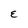
Character: E